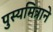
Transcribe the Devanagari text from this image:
पुस्यमित्राने